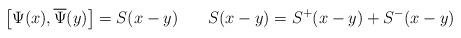
LaTeX: \begin{align*}\left[ \Psi (x),\overline{\Psi }(y)\right] =S(x-y)\hspace{0.3in}S(x-y)=S^{+}(x-y)+S^{-}(x-y)\end{align*}